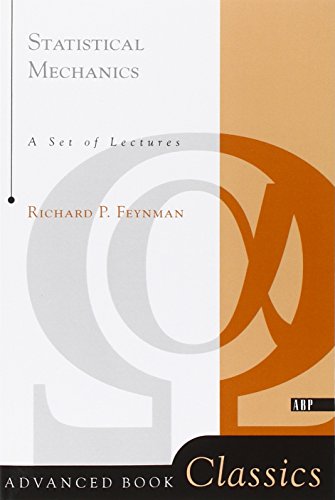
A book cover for Statistical Mechanics: A Set Of Lectures (Advanced Books Classics); Richard P. Feynman; Science & Math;